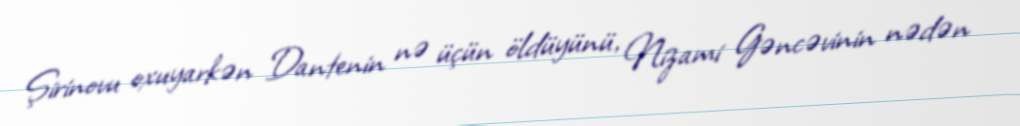
Şirinovu oxuyarkən Dantenin nə üçün öldüyünü, Nizami Gəncəvinin nədən